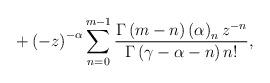
LaTeX: \begin{align*}+\left( -z\right) ^{-\alpha}\sum^{m-1}_{n=0} \frac{\Gamma \left( m-n\right) \left( \alpha \right)_nz^{-n}}{\Gamma\left( \gamma -\alpha -n\right) n!},\end{align*}